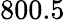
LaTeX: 800.5